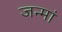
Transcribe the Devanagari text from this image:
जन्मां